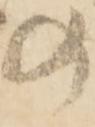
の